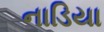
નાડિયા